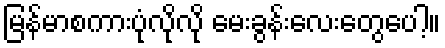
မြန်မာစကားပုံလိုလို မေးခွန်းလေးတွေပေါ့။